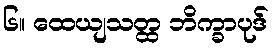
၆။ ထေယျသတ္ထ ဘိက္ခာပုဒ်